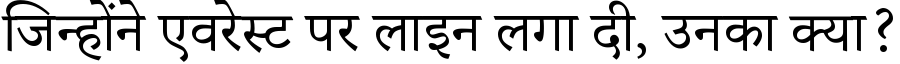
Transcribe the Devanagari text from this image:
जिन्होंने एवरेस्ट पर लाइन लगा दी, उनका क्या?